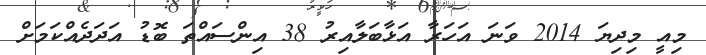
މިއީ މިދިޔަ 2014 ވަނަ އަހަރާ އަޅާބަލާއިރު 38 އިންސައްތަ ބޮޑު އަދަދެއްކަމަށް